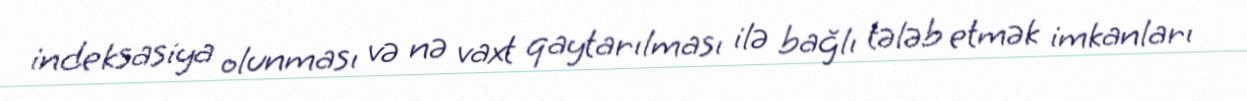
indeksasiya olunması və nə vaxt qaytarılması ilə bağlı tələb etmək imkanları